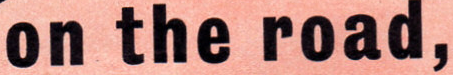
on the road,